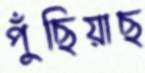
পুঁছিয়াছ